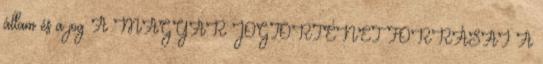
állam és a jog A MAGYAR JOGTÖRTÉNET FORRÁSAI A